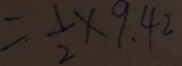
= \frac { 1 } { 2 } \times 9 . 4 2